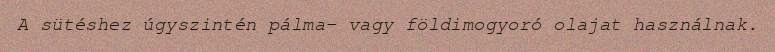
A sütéshez úgyszintén pálma- vagy földimogyoró olajat használnak.